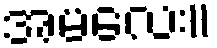
အမလေး။